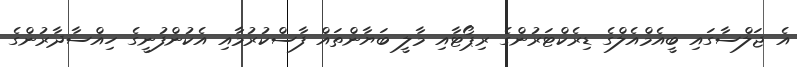
އެ ޖަލްސާގައި ބީއެމްއެލްގެ ޑިރެކްޓަރުންގެ ރިޕޯޓާއި މާލީ ބަޔާންތައް ފާސްކުރުމާއި އެކުންފުނީގެ ހިއްސާދާރުންގެ